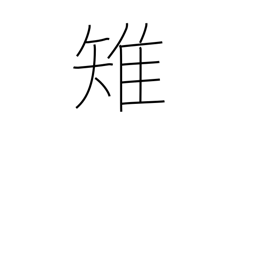
Meaning: pheasant